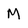
Character: M